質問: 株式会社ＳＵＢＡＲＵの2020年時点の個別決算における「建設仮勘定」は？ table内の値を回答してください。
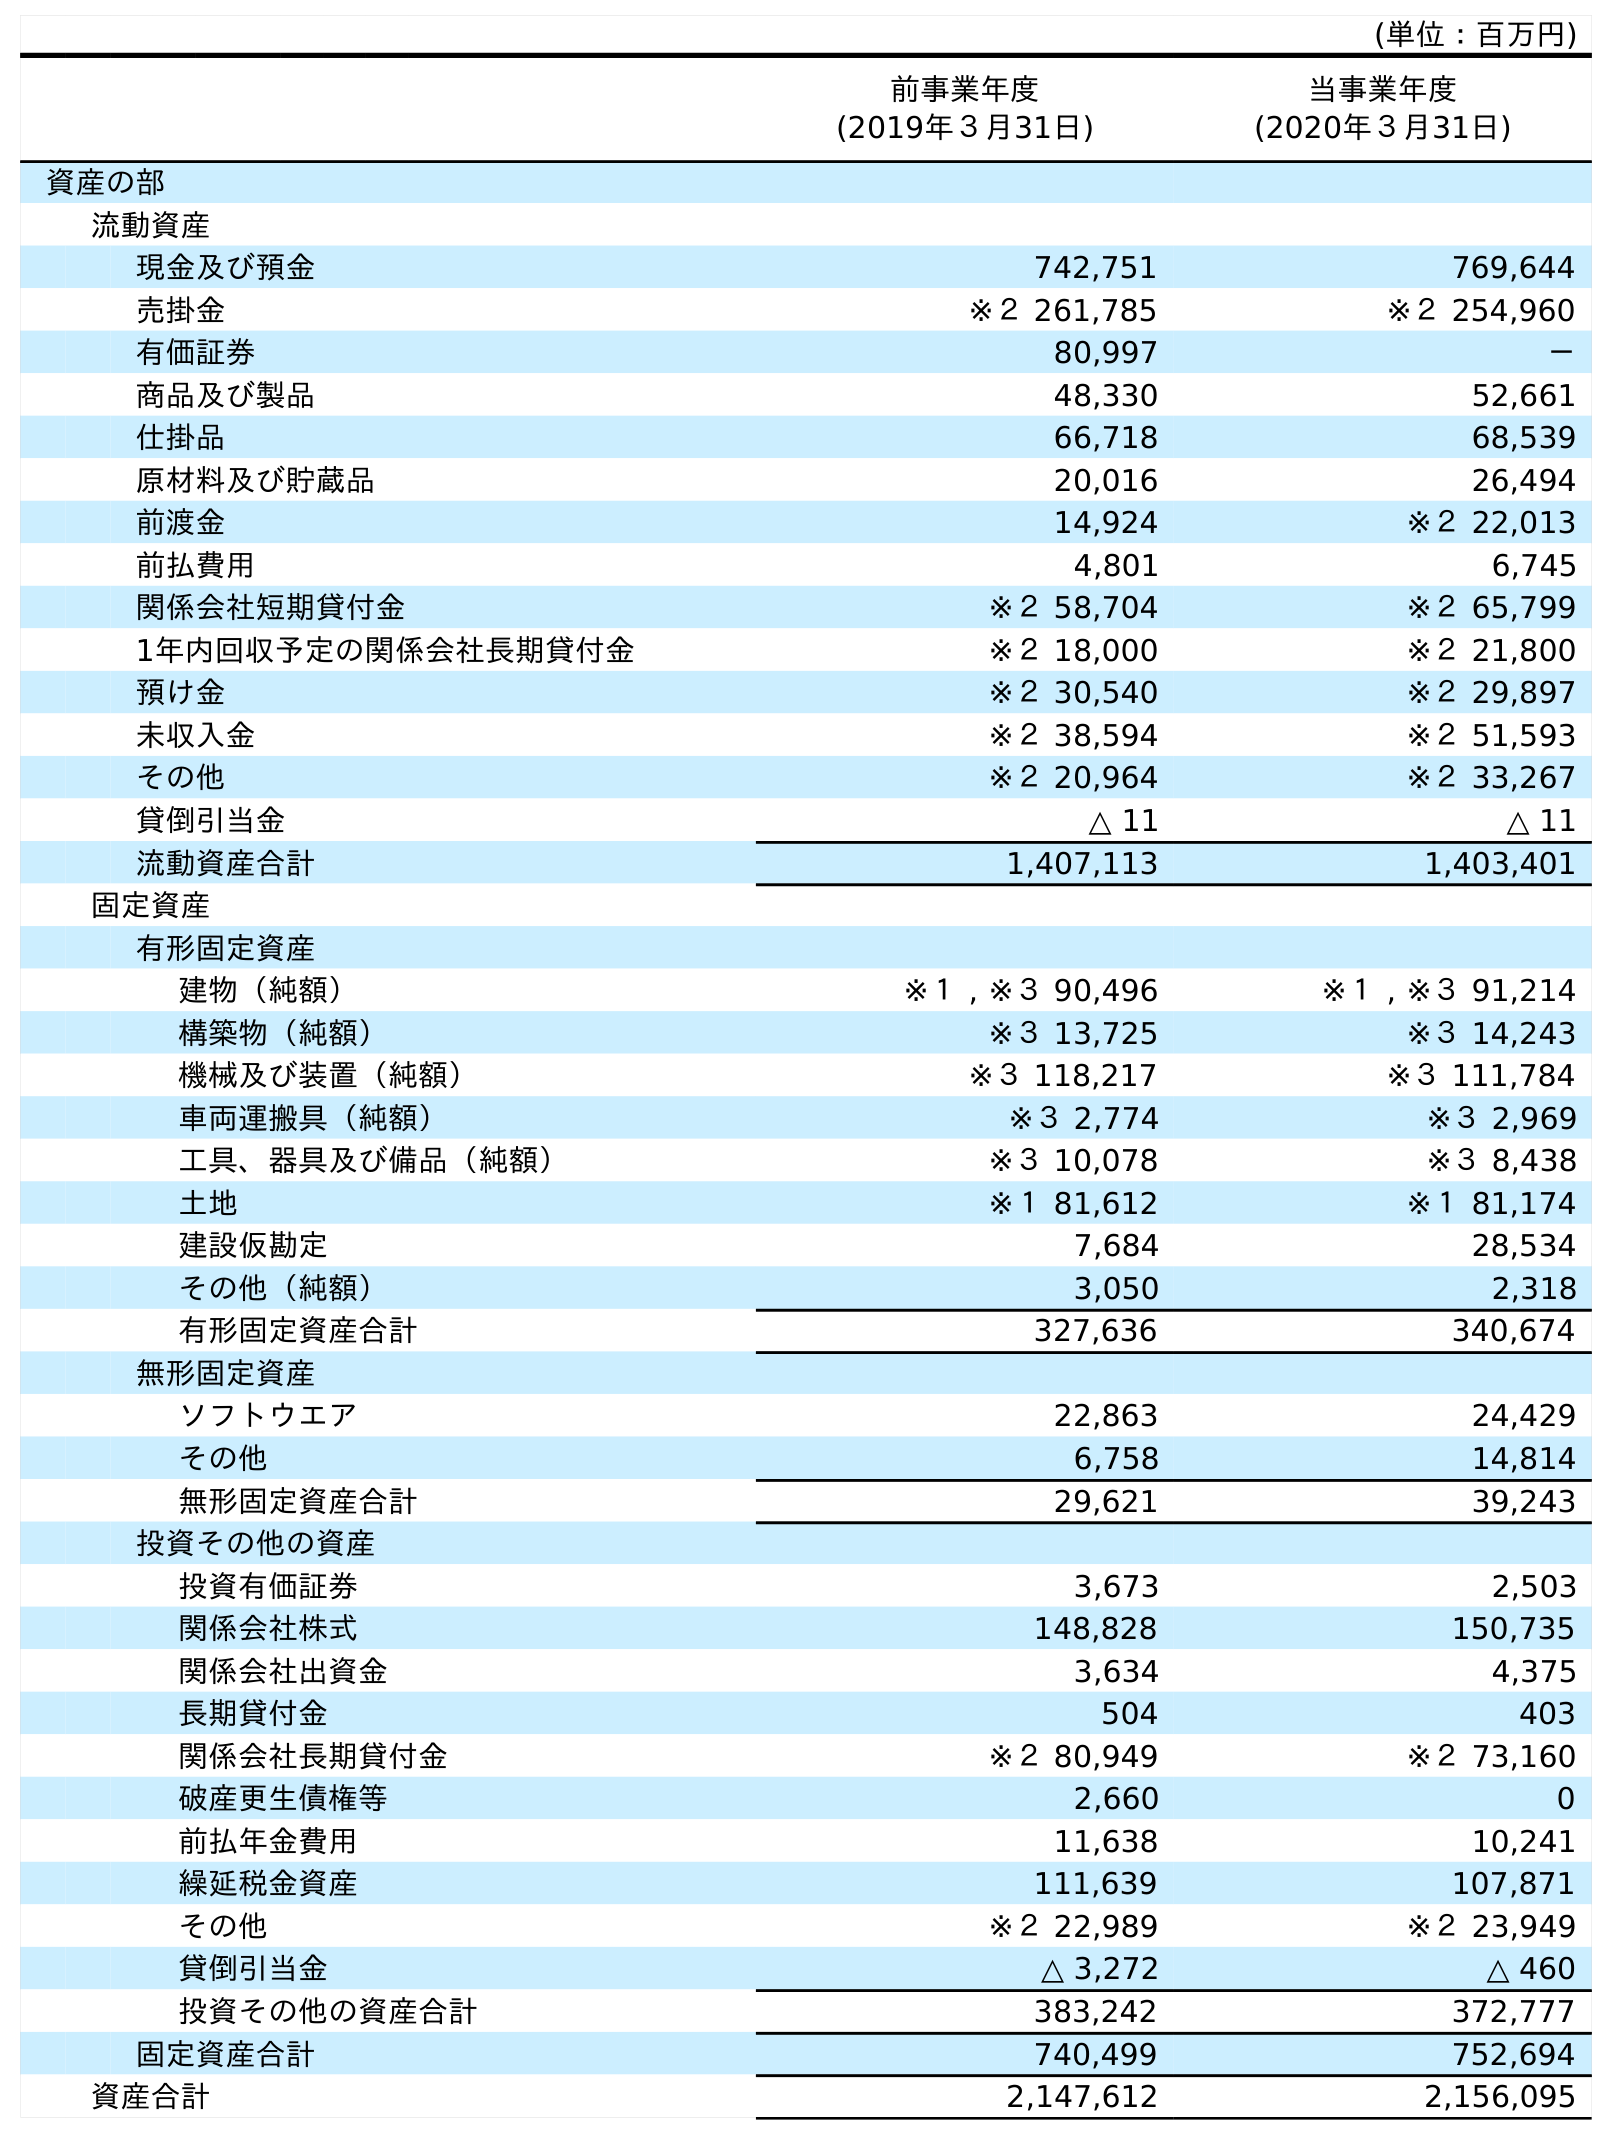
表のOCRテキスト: (単位：百万円) 前事業年度 (2019年３月31日) 当事業年度 (2020年３月31日) 資産の部 流動資産 現金及び預金 742,751 769,644 売掛金 ※２ 261,785 ※２ 254,960 有価証券 80,997 － 商品及び製品 48,330 52,661 仕掛品 66,718 68,539 原材料及び貯蔵品 20,016 26,494 前渡金 14,924 ※２ 22,013 前払費用 4,801 6,745 関係会社短期貸付金 ※２ 58,704 ※２ 65,799 1年内回収予定の関係会社長期貸付金 ※２ 18,000 ※２ 21,800 預け金 ※２ 30,540 ※２ 29,897 未収入金 ※２ 38,594 ※２ 51,593 その他 ※２ 20,964 ※２ 33,267 貸倒引当金 △ 11 △ 11 流動資産合計 1,407,113 1,403,401 固定資産 有形固定資産 建物（純額） ※１ , ※３ 90,496 ※１ , ※３ 91,214 構築物（純額） ※３ 13,725 ※３ 14,243 機械及び装置（純額） ※３ 118,217 ※３ 111,784 車両運搬具（純額） ※３ 2,774 ※３ 2,969 工具、器具及び備品（純額） ※３ 10,078 ※３ 8,438 土地 ※１ 81,612 ※１ 81,174 建設仮勘定 7,684 28,534 その他（純額） 3,050 2,318 有形固定資産合計 327,636 340,674 無形固定資産 ソフトウエア 22,863 24,429 その他 6,758 14,814 無形固定資産合計 29,621 39,243 投資その他の資産 投資有価証券 3,673 2,503 関係会社株式 148,828 150,735 関係会社出資金 3,634 4,375 長期貸付金 504 403 関係会社長期貸付金 ※２ 80,949 ※２ 73,160 破産更生債権等 2,660 0 前払年金費用 11,638 10,241 繰延税金資産 111,639 107,871 その他 ※２ 22,989 ※２ 23,949 貸倒引当金 △ 3,272 △ 460 投資その他の資産合計 383,242 372,777 固定資産合計 740,499 752,694 資産合計 2,147,612 2,156,095
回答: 28,534